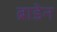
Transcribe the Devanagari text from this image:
ब्राडेन